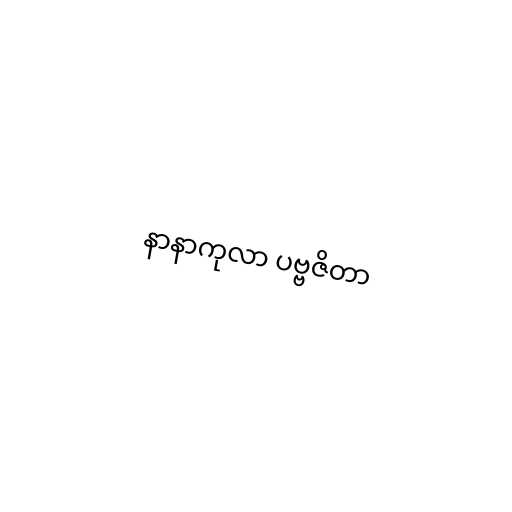
နာနာကုလာ ပဗ္ဗဇိတာ